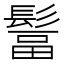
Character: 𩭺